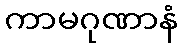
ကာမဂုဏာနံ